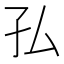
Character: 𭒸